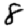
Digit: 8